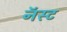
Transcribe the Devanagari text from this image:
नॅस्ट